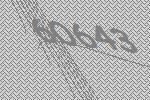
60643